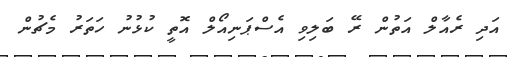
އަދި ރެއާލް އަތުން ރޭ ބަލިވި އެސްޕަނިއޯލް އޮތީ ކުޅުނު ހަތަރު މެޗުން